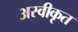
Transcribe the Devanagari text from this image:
अस्‍वीकृत